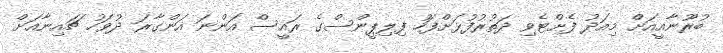
ބުރޫނާއީއަށް މިއަދު ފެށްޓެވި ދަތުރުފުޅަށްފަހު ފިލިޕީންސްގެ ރައީސް އަންނަ އަންގާރަ ދުވަހު ޗައިނާއަށް